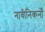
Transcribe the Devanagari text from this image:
नावीनिकर्नों